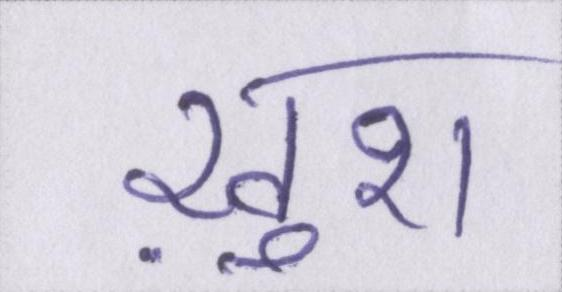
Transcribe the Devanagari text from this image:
ख़ुश